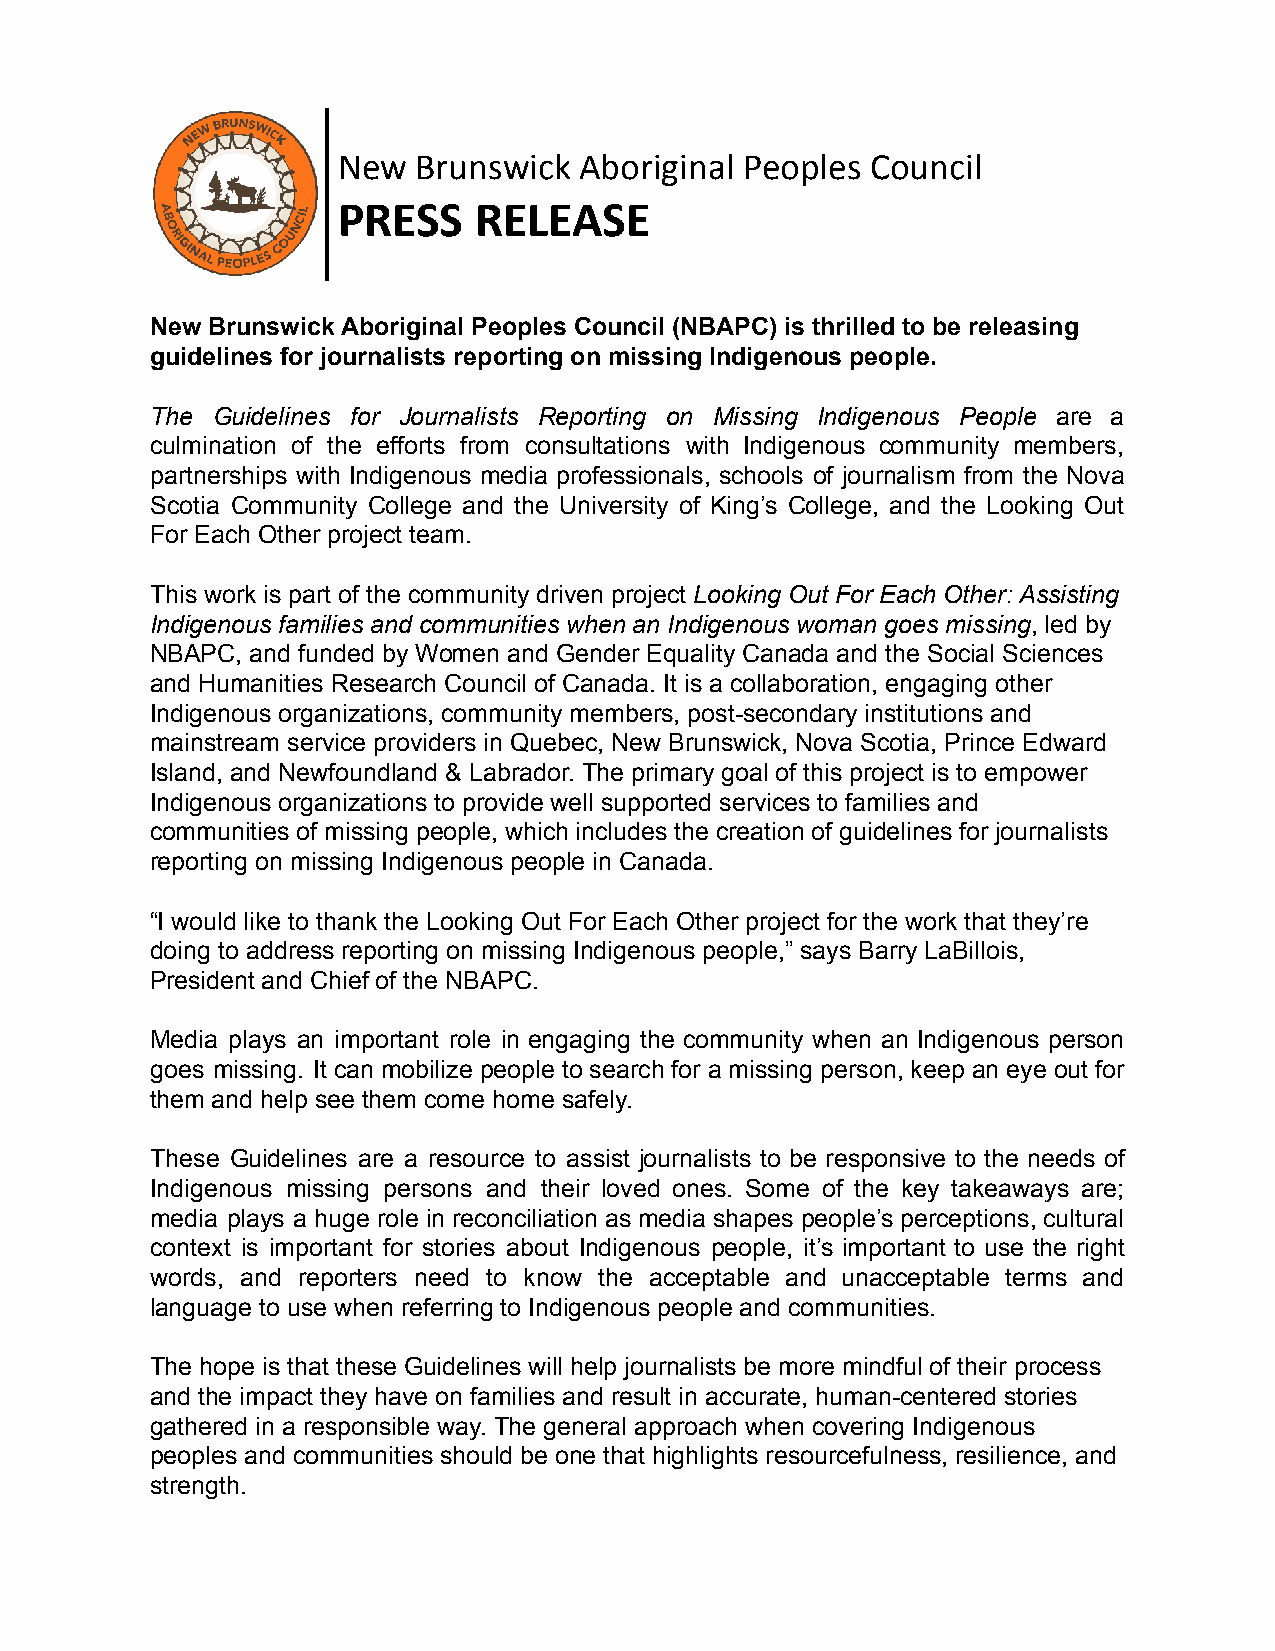
New   Brunswick Aboriginal Peoples  Council
 PRESS    RELEASE
 New Brunswick Aboriginal Peoples Council (NBAPC) is thrilled to be releasing
 guidelines for journalists reporting on missing Indigenous people.
 The Guidelines for Journalists Reporting on Missing Indigenous People are a
 culmination of the efforts from consultations with Indigenous community members,
 partnerships with Indigenous media professionals, schools of journalism from the Nova
 Scotia Community College and the University of King’s College, and the Looking Out
 For Each Other project team.
 This work is part of the community driven project Looking Out For Each Other: Assisting
 Indigenous families and communities when an Indigenous woman goes missing, led by
 NBAPC, and funded by Women and Gender Equality Canada and the Social Sciences
 and Humanities Research Council of Canada. It is a collaboration, engaging other
 Indigenous organizations, community members, post-secondary institutions and
 mainstream service providers in Quebec, New Brunswick, Nova Scotia, Prince Edward
 Island, and Newfoundland & Labrador. The primary goal of this project is to empower
 Indigenous organizations to provide well supported services to families and
 communities of missing people, which includes the creation of guidelines for journalists
 reporting on missing Indigenous people in Canada.
 “I would like to thank the Looking Out For Each Other project for the work that they’re
 doing to address reporting on missing Indigenous people,” says Barry LaBillois,
 President and Chief of the NBAPC.
 Media plays an important role in engaging the community when an Indigenous person
 goes missing. It can mobilize people to search for a missing person, keep an eye out for
 them and help see them come home safely.
 These Guidelines are a resource to assist journalists to be responsive to the needs of
 Indigenous missing persons and their loved ones. Some of the key takeaways are;
 media plays a huge role in reconciliation as media shapes people’s perceptions, cultural
 context is important for stories about Indigenous people, it’s important to use the right
 words, and reporters need to know the acceptable and unacceptable terms and
 language to use when referring to Indigenous people and communities.
 The hope is that these Guidelines will help journalists be more mindful of their process
 and the impact they have on families and result in accurate, human-centered stories
 gathered in a responsible way. The general approach when covering Indigenous
 peoples and communities should be one that highlights resourcefulness, resilience, and
 strength.